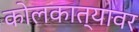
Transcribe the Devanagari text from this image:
कोलकात्यावर